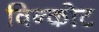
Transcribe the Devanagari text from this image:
विन्कोट